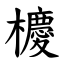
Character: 櫦